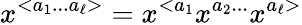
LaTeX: x^{<a_{1}...a_{\ell}>}=x^{<a_{1}}x^{a_{2}...}x^{a_{\ell}>}